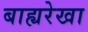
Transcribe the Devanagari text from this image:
बाह्यरेखा